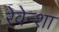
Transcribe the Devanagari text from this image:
रेवेन्शा